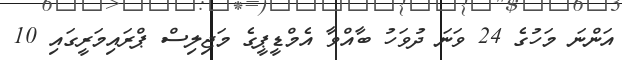
އަންނަ މަހުގެ 24 ވަނަ ދުވަހު ބާއްވާ އެމްޑީޕީގެ މަޖިލިސް ޕްރައިމަރީގައި 10